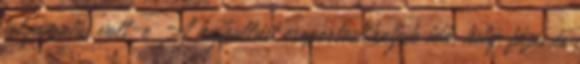
folyamatos volt-e A hajhullást csoportosíthatjuk idő, hely, fázis és